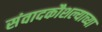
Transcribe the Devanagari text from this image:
संवादकौशल्याच्या